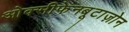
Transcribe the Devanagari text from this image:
ओक्सीफेनबूटाज़ोन